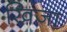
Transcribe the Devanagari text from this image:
खिजा